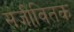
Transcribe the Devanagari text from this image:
संजीवितक